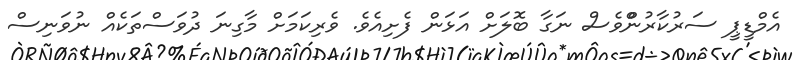
އެމްޑީޕީ ސަރުކާރުންްވެސް ނަގާ ބޮލަށް އަޅަން ފެށިއެވެ. ވެރިކަމަށް މާގިނަ ދުވަސްތަކެއް ނުވަނިސް